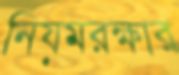
নিয়মরক্ষার